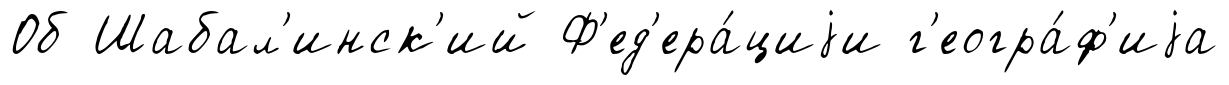
Об Шабал'инск'ий Ф'ед'ера́циjи г'еогра́ф'иjа